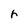
Character: r